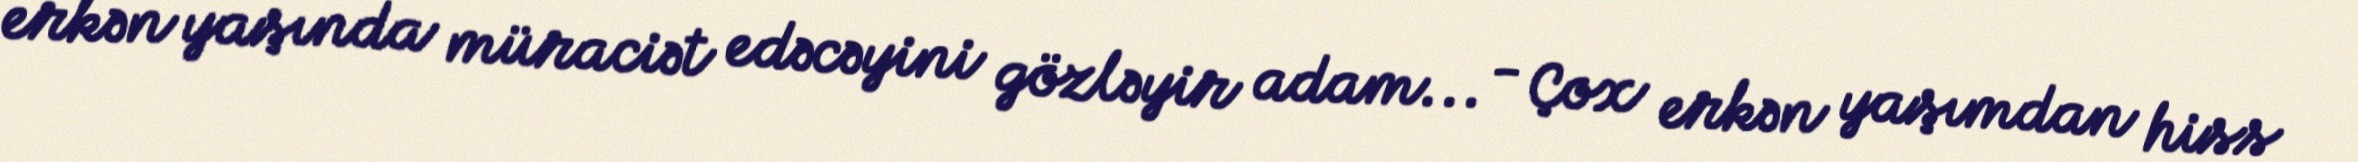
erkən yaşında müraciət edəcəyini gözləyir adam... - Çox erkən yaşımdan hiss